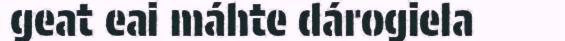
geat eai máhte dárogiela